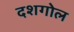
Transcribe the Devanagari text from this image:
दशगोल